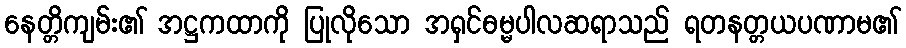
နေတ္တိကျမ်း၏ အဋ္ဌကထာကို ပြုလိုသော အရှင်ဓမ္မပါလဆရာသည် ရတနတ္တယပဏာမ၏